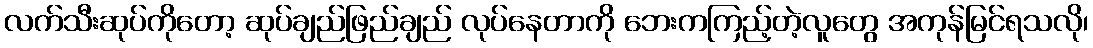
လက်သီးဆုပ်ကိုတော့ ဆုပ်ချည်ဖြည်ချည် လုပ်နေတာကို ဘေးကကြည့်တဲ့လူတွေ အကုန်မြင်ရသလို၊